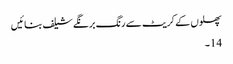
پھلوں کے کریٹ سے رنگ برنگے شیلف بنائیں
14۔